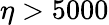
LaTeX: \eta>5000